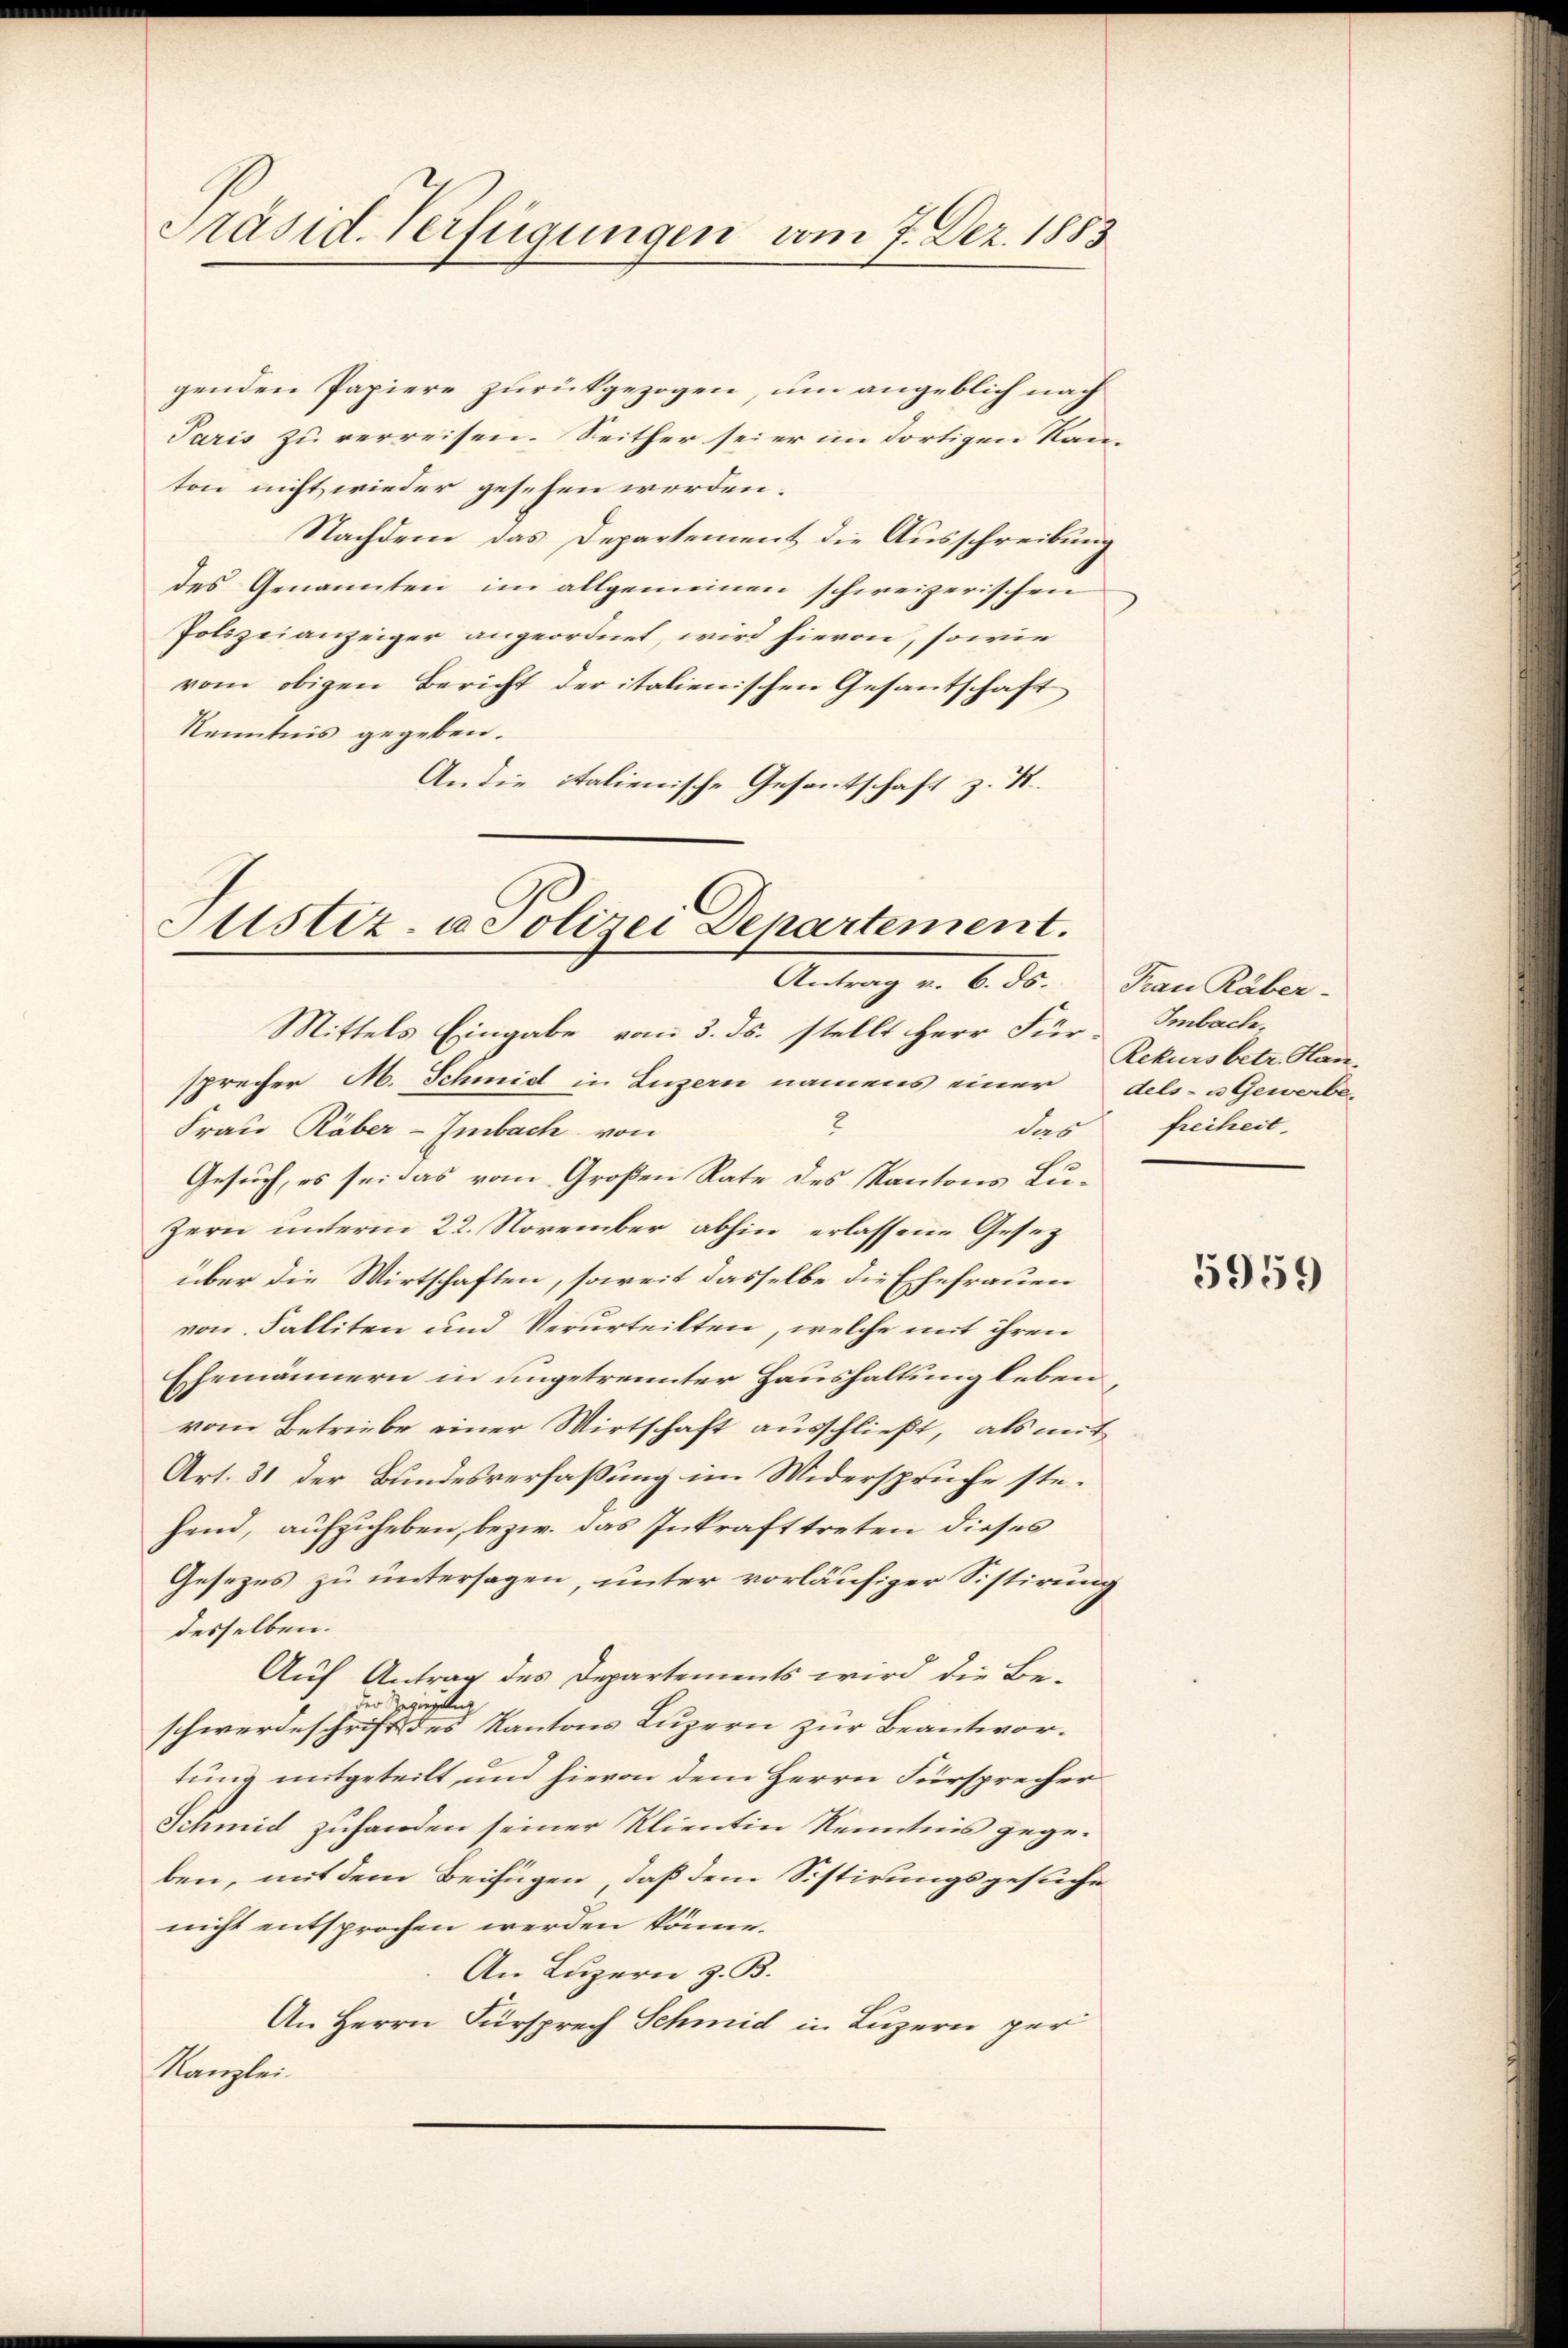
Präsid-Verfügungen vom 7. Dez. 1883

genden Papiere zurückgezogen, um angeblich nach
Paris zu verreisen. Seither sei er im dortigen Kamton nicht wieder gesehen worden.
Nachdem das Departement die Ausschreibung
des Genannten im allgemeinen schweizerischen
Polizeianzeiger angeordnet, wird hievon, sowie
vom obigen Bericht der italienischen Gesantschaft
Kenntnis gegeben.
An die italienische Gesantschaft z. B.

Justiz- u Polizei Departement.
Antrag v. 6. ds. man Küber.

Mittels Eingabe vom 3. ds. stellt Herr Für- Imbach,
sprecher M. Schmid in Luzern namens einer dels- u Gewerbes
2
Frau Räber-Embach von
Gesuch, es sei das vom Großen Rate des Kantons Lu¬
Zern unterm 22. November abhin erlassene Gesetz
über die Wirtschaften, soweit dasselbe die Ehefrauen
von Falliten und Verurteilten, welche mit ihren
Ehemännern in ungetrennter Haushaltung leben,
vom Betriebe einer Wirtschaft ausschließt, als mit
Art. 31 der Bundesverfaßung im Widerspruche stehend, aufzuheben, bezw. das Inkrafttreten dieses
Gesezes zu untersagen, unter vorläufiger Sistirung
desselben.
Auf Antrag des Departements wird die Be-
der Regierung
schwerdeschrift des Kantons Luzern zur Beantwortung mitgeteilt, und hievon dem Herrn Fürsprecher
Schmid zuhanden seiner Klientin Kenntnis gege-
ben, mit dem Beifügen, daß dem Sistirungsgesuche
nicht entsprochen werden könne.
An Luzern z. B.
An Herrn Fürsprech Schmid in Luzern per
Kanzlei.

Rekurs betr. Han
das Freiheit-

5959